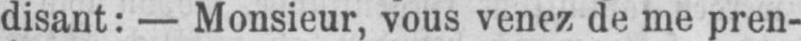
disant: - Monsieur, vous venez de me pren-